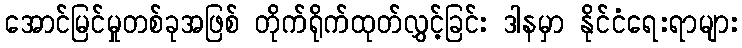
အောင်မြင်မှုတစ်ခုအဖြစ် တိုက်ရိုက်ထုတ်လွှင့်ခြင်း ဒါနမှာ နိုင်ငံရေးရာများ